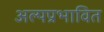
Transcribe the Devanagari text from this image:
अल्पप्रभावित